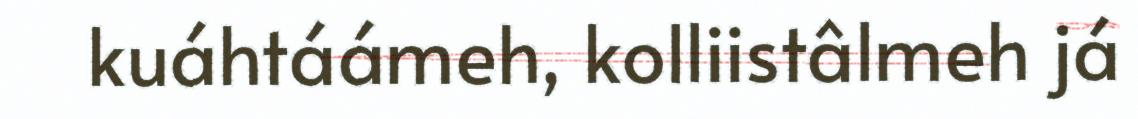
kuáhtáámeh, kolliistâlmeh já